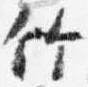
竹